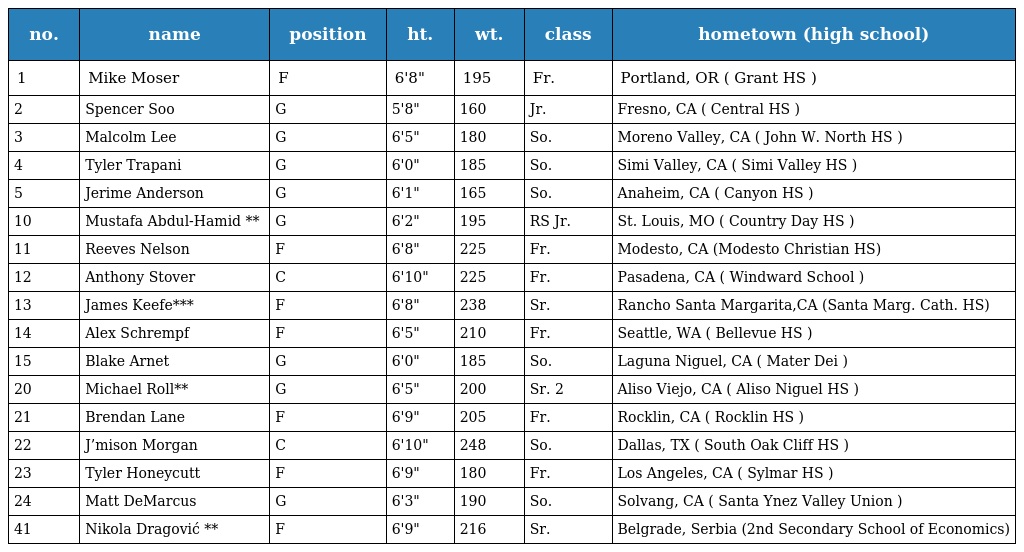
| no. | name | position | ht. | wt. | class | hometown (high school) |
 | --- | --- | --- | --- | --- | --- | --- |
 | 1 | Mike Moser | F | 6'8" | 195 | Fr. | Portland, OR ( Grant HS ) |
 | 2 | Spencer Soo | G | 5'8" | 160 | Jr. | Fresno, CA ( Central HS ) |
 | 3 | Malcolm Lee | G | 6'5" | 180 | So. | Moreno Valley, CA ( John W. North HS ) |
 | 4 | Tyler Trapani | G | 6'0" | 185 | So. | Simi Valley, CA ( Simi Valley HS ) |
 | 5 | Jerime Anderson | G | 6'1" | 165 | So. | Anaheim, CA ( Canyon HS ) |
 | 10 | Mustafa Abdul-Hamid ** | G | 6'2" | 195 | RS Jr. | St. Louis, MO ( Country Day HS ) |
 | 11 | Reeves Nelson | F | 6'8" | 225 | Fr. | Modesto, CA (Modesto Christian HS) |
 | 12 | Anthony Stover | C | 6'10" | 225 | Fr. | Pasadena, CA ( Windward School ) |
 | 13 | James Keefe*** | F | 6'8" | 238 | Sr. | Rancho Santa Margarita,CA (Santa Marg. Cath. HS) |
 | 14 | Alex Schrempf | F | 6'5" | 210 | Fr. | Seattle, WA ( Bellevue HS ) |
 | 15 | Blake Arnet | G | 6'0" | 185 | So. | Laguna Niguel, CA ( Mater Dei ) |
 | 20 | Michael Roll** | G | 6'5" | 200 | Sr. 2 | Aliso Viejo, CA ( Aliso Niguel HS ) |
 | 21 | Brendan Lane | F | 6'9" | 205 | Fr. | Rocklin, CA ( Rocklin HS ) |
 | 22 | J’mison Morgan | C | 6'10" | 248 | So. | Dallas, TX ( South Oak Cliff HS ) |
 | 23 | Tyler Honeycutt | F | 6'9" | 180 | Fr. | Los Angeles, CA ( Sylmar HS ) |
 | 24 | Matt DeMarcus | G | 6'3" | 190 | So. | Solvang, CA ( Santa Ynez Valley Union ) |
 | 41 | Nikola Dragović ** | F | 6'9" | 216 | Sr. | Belgrade, Serbia (2nd Secondary School of Economics) |